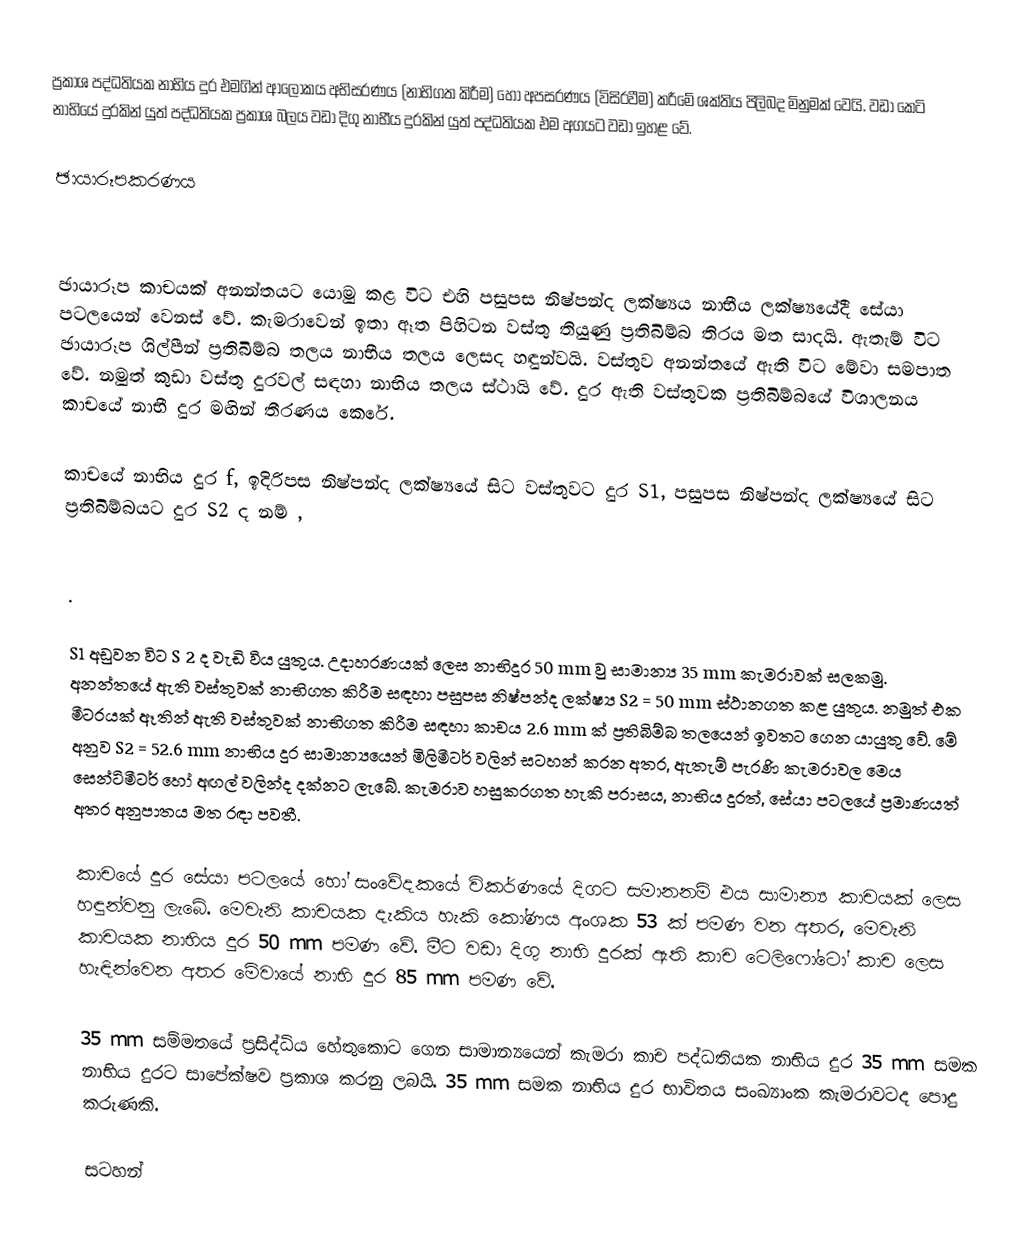
ප්‍රකාශ පද්ධතියක නාභිය දුර එමගින් ආලෝකය අභිසරණය (නාභිගත කිරීම) හෝ අපසරණය (විසිරවීම) කරීමේ ශක්තිය පිලිබද මිනුමක් වෙයි. වඩා කෙටි නාභියේ දුරකින් යුත් පද්ධතියක ප්‍රකාශ බලය වඩා දිගු නාභීය දුරකින් යුත් පද්ධතියක එම අගයට වඩා ඉහළ වේ.

ඡායාරූපකරණය

ඡායාරූප කාචයක් අනන්තයට යොමු කළ විට එහි පසුපස නිෂ්පන්ද ලක්ෂ්‍යය නාභීය ලක්ෂ්‍යයේදී සේයා පටලයෙන් වෙනස් වේ. කැමරාවෙන් ඉතා ඈත පිහිටන වස්තු තියුණු ප්‍රතිබිම්බ තිරය මත සාදයි. ඇතැම් විට ඡායාරූප ශිල්පීන් ප්‍රතිබිම්බ තලය නාභීය තලය ලෙසද හඳුන්වයි. වස්තුව අනන්තයේ ඇති විට මේවා සමපාත වේ. නමුත් කුඩා වස්තු දුරවල් සඳහා නාභිය තලය ස්ථායි වේ. දුර ඇති වස්තුවක ප්‍රතිබිම්බයේ විශාලනය කාචයේ නාභී දුර මඟින් තීරණය කෙරේ.

කාචයේ නාභිය දුර f, ඉදිරිපස නිෂ්පන්ද ලක්ෂ්‍යයේ සිට වස්තුවට දුර S1, පසුපස නිෂ්පන්ද ලක්ෂ්‍යයේ සිට ප්‍රතිබිම්බයට දුර S2 ද නම් ,

.

S1 අඩුවන විට S 2  ද වැඩි විය යුතුය. උදාහරණයක් ලෙස නාභිදුර 50 mm වු සාමාන්‍ය 35 mm කැමරාවක් සලකමු. අනන්තයේ ඇති වස්තුවක් නාභිගත කිරීම සඳහා පසුපස නිෂ්පන්ද ලක්ෂ්‍ය S2 = 50 mm ස්ථානගත කළ යුතුය. නමුත් එක මීටරයක් ඈතින් ඇති වස්තුවක් නාභිගත කිරීම සඳහා කාචය 2.6 mm ක් ප්‍රතිබිම්බ තලයෙන් ඉවතට ගෙන යායුතු වේ. මේ අනුව S2 = 52.6 mm නාභිය දුර සාමාන්‍යයෙන් මිලිමීටර් වලින් සටහන් කරන අතර, ඇතැම් පැරණි කැමරාවල මෙය සෙන්ටිමීටර් හෝ අඟල් වලින්ද දක්නට ලැබේ. කැමරාව හසුකරගත හැකි පරාසය, නාභිය දුරත්, සේයා පටලයේ ප්‍රමාණයත් අතර අනුපාතය මත රඳා පවතී.

කාචයේ දුර සේයා පටලයේ හෝ සංවේදකයේ විකර්ණයේ දිගට සමානනම් එය සාමාන්‍ය කාචයක් ලෙස හඳුන්වනු ලැබේ. මෙවැනි කාචයක දැකිය හැකි කෝණය අංශක 53 ක් පමණ වන අතර, මෙවැනි කාචයක නාභිය දුර 50 mm පමණ වේ. මීට වඩා දිගු නාභි දුරක් ඇති කාච ටෙලිෆෝටෝ කාච ලෙස හැඳින්වෙන අතර මේවායේ නාභි දුර 85 mm පමණ වේ.

35 mm සම්මතයේ ප්‍රසිද්ධිය හේතුකොට ගෙන සාමාන්‍යයෙන් කැමරා කාච පද්ධතියක නාභිය දුර 35 mm සමක නාභිය දුරට සාපේක්ෂව ප්‍රකාශ කරනු ලබයි. 35 mm සමක නාභිය දුර භාවිතය සංඛ්‍යාංක කැමරාවටද පොදු කරුණකි.

සටහන්